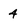
Character: 4